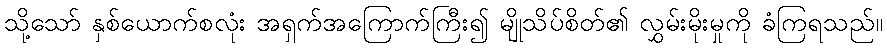
သို့သော် နှစ်ယောက်စလုံး အရှက်အကြောက်ကြီး၍ မျိုသိပ်စိတ်၏ လွှမ်းမိုးမှုကို ခံကြရသည်။